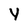
Character: Y